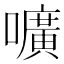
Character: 嚝